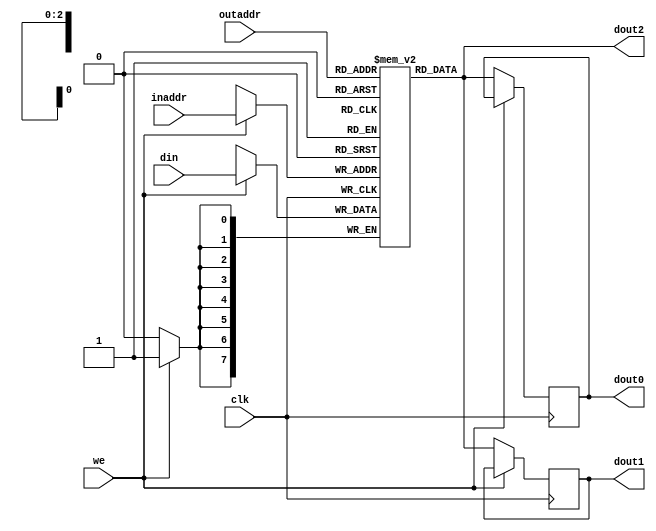
module v_rams_8(clk, we, inaddr, outaddr, din, dout0, dout1, dout2);
	input clk;
	input we;
	input [2:0] inaddr;
	input [2:0] outaddr;
	input [7:0] din;
	output [7:0] dout0,dout1,dout2;
	
	reg [7:0] ram [7:0];
	reg [7:0] dout0,dout1;
	
	initial
	begin
	ram[7] = 8'hf0; ram[6] = 8'h23; ram[5] = 8'h20; ram[4] = 8'h50;
	ram[3] = 8'h03; ram[2] = 8'h21; ram[1] = 8'h82; ram[0] = 8'h0D;
	end

	always @(posedge clk)
	begin
		if(we)
			ram[inaddr] <= din;
		else
			dout0 <= ram[outaddr];
	end
	
	always @(negedge clk)
	begin
		if(!we)
			dout1 <= ram[outaddr];
	end
	
	assign dout2 = ram[outaddr];
endmodule